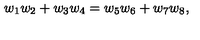
w _ { 1 } w _ { 2 } + w _ { 3 } w _ { 4 } = w _ { 5 } w _ { 6 } + w _ { 7 } w _ { 8 } ,